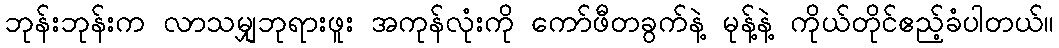
ဘုန်းဘုန်းက လာသမျှဘုရားဖူး အကုန်လုံးကို ကော်ဖီတခွက်နဲ့ မုန့်နဲ့ ကိုယ်တိုင်ဧည့်ခံပါတယ်။